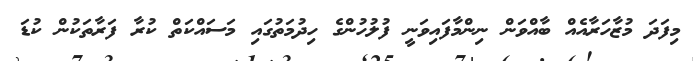
މިފަދަ މުޒާހަރާއެއް ބާއްވަން ނިންމާފައިވަނީ ފުލުހުންގެ ހިދުމަތުގައި މަސައްކަތް ކުރާ ފަރާތަކުން ކުޑަ